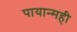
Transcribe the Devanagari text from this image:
पायान्मही